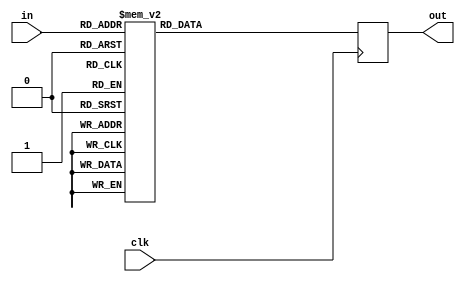
`default_nettype none
module opl3_exp_lut (
	clk,
	in,
	out
);
	input wire clk;
	input wire [7:0] in;
	output reg [9:0] out = 0;
	always @(posedge clk)
		(* full_case, parallel_case *)
		case (in)
			8'h00: out <= 0;
			8'h01: out <= 3;
			8'h02: out <= 6;
			8'h03: out <= 8;
			8'h04: out <= 11;
			8'h05: out <= 14;
			8'h06: out <= 17;
			8'h07: out <= 20;
			8'h08: out <= 22;
			8'h09: out <= 25;
			8'h0a: out <= 28;
			8'h0b: out <= 31;
			8'h0c: out <= 34;
			8'h0d: out <= 37;
			8'h0e: out <= 40;
			8'h0f: out <= 42;
			8'h10: out <= 45;
			8'h11: out <= 48;
			8'h12: out <= 51;
			8'h13: out <= 54;
			8'h14: out <= 57;
			8'h15: out <= 60;
			8'h16: out <= 63;
			8'h17: out <= 66;
			8'h18: out <= 69;
			8'h19: out <= 72;
			8'h1a: out <= 75;
			8'h1b: out <= 78;
			8'h1c: out <= 81;
			8'h1d: out <= 84;
			8'h1e: out <= 87;
			8'h1f: out <= 90;
			8'h20: out <= 93;
			8'h21: out <= 96;
			8'h22: out <= 99;
			8'h23: out <= 102;
			8'h24: out <= 105;
			8'h25: out <= 108;
			8'h26: out <= 111;
			8'h27: out <= 114;
			8'h28: out <= 117;
			8'h29: out <= 120;
			8'h2a: out <= 123;
			8'h2b: out <= 126;
			8'h2c: out <= 130;
			8'h2d: out <= 133;
			8'h2e: out <= 136;
			8'h2f: out <= 139;
			8'h30: out <= 142;
			8'h31: out <= 145;
			8'h32: out <= 148;
			8'h33: out <= 152;
			8'h34: out <= 155;
			8'h35: out <= 158;
			8'h36: out <= 161;
			8'h37: out <= 164;
			8'h38: out <= 168;
			8'h39: out <= 171;
			8'h3a: out <= 174;
			8'h3b: out <= 177;
			8'h3c: out <= 181;
			8'h3d: out <= 184;
			8'h3e: out <= 187;
			8'h3f: out <= 190;
			8'h40: out <= 194;
			8'h41: out <= 197;
			8'h42: out <= 200;
			8'h43: out <= 204;
			8'h44: out <= 207;
			8'h45: out <= 210;
			8'h46: out <= 214;
			8'h47: out <= 217;
			8'h48: out <= 220;
			8'h49: out <= 224;
			8'h4a: out <= 227;
			8'h4b: out <= 231;
			8'h4c: out <= 234;
			8'h4d: out <= 237;
			8'h4e: out <= 241;
			8'h4f: out <= 244;
			8'h50: out <= 248;
			8'h51: out <= 251;
			8'h52: out <= 255;
			8'h53: out <= 258;
			8'h54: out <= 262;
			8'h55: out <= 265;
			8'h56: out <= 268;
			8'h57: out <= 272;
			8'h58: out <= 276;
			8'h59: out <= 279;
			8'h5a: out <= 283;
			8'h5b: out <= 286;
			8'h5c: out <= 290;
			8'h5d: out <= 293;
			8'h5e: out <= 297;
			8'h5f: out <= 300;
			8'h60: out <= 304;
			8'h61: out <= 308;
			8'h62: out <= 311;
			8'h63: out <= 315;
			8'h64: out <= 318;
			8'h65: out <= 322;
			8'h66: out <= 326;
			8'h67: out <= 329;
			8'h68: out <= 333;
			8'h69: out <= 337;
			8'h6a: out <= 340;
			8'h6b: out <= 344;
			8'h6c: out <= 348;
			8'h6d: out <= 352;
			8'h6e: out <= 355;
			8'h6f: out <= 359;
			8'h70: out <= 363;
			8'h71: out <= 367;
			8'h72: out <= 370;
			8'h73: out <= 374;
			8'h74: out <= 378;
			8'h75: out <= 382;
			8'h76: out <= 385;
			8'h77: out <= 389;
			8'h78: out <= 393;
			8'h79: out <= 397;
			8'h7a: out <= 401;
			8'h7b: out <= 405;
			8'h7c: out <= 409;
			8'h7d: out <= 412;
			8'h7e: out <= 416;
			8'h7f: out <= 420;
			8'h80: out <= 424;
			8'h81: out <= 428;
			8'h82: out <= 432;
			8'h83: out <= 436;
			8'h84: out <= 440;
			8'h85: out <= 444;
			8'h86: out <= 448;
			8'h87: out <= 452;
			8'h88: out <= 456;
			8'h89: out <= 460;
			8'h8a: out <= 464;
			8'h8b: out <= 468;
			8'h8c: out <= 472;
			8'h8d: out <= 476;
			8'h8e: out <= 480;
			8'h8f: out <= 484;
			8'h90: out <= 488;
			8'h91: out <= 492;
			8'h92: out <= 496;
			8'h93: out <= 501;
			8'h94: out <= 505;
			8'h95: out <= 509;
			8'h96: out <= 513;
			8'h97: out <= 517;
			8'h98: out <= 521;
			8'h99: out <= 526;
			8'h9a: out <= 530;
			8'h9b: out <= 534;
			8'h9c: out <= 538;
			8'h9d: out <= 542;
			8'h9e: out <= 547;
			8'h9f: out <= 551;
			8'ha0: out <= 555;
			8'ha1: out <= 560;
			8'ha2: out <= 564;
			8'ha3: out <= 568;
			8'ha4: out <= 572;
			8'ha5: out <= 577;
			8'ha6: out <= 581;
			8'ha7: out <= 585;
			8'ha8: out <= 590;
			8'ha9: out <= 594;
			8'haa: out <= 599;
			8'hab: out <= 603;
			8'hac: out <= 607;
			8'had: out <= 612;
			8'hae: out <= 616;
			8'haf: out <= 621;
			8'hb0: out <= 625;
			8'hb1: out <= 630;
			8'hb2: out <= 634;
			8'hb3: out <= 639;
			8'hb4: out <= 643;
			8'hb5: out <= 648;
			8'hb6: out <= 652;
			8'hb7: out <= 657;
			8'hb8: out <= 661;
			8'hb9: out <= 666;
			8'hba: out <= 670;
			8'hbb: out <= 675;
			8'hbc: out <= 680;
			8'hbd: out <= 684;
			8'hbe: out <= 689;
			8'hbf: out <= 693;
			8'hc0: out <= 698;
			8'hc1: out <= 703;
			8'hc2: out <= 708;
			8'hc3: out <= 712;
			8'hc4: out <= 717;
			8'hc5: out <= 722;
			8'hc6: out <= 726;
			8'hc7: out <= 731;
			8'hc8: out <= 736;
			8'hc9: out <= 741;
			8'hca: out <= 745;
			8'hcb: out <= 750;
			8'hcc: out <= 755;
			8'hcd: out <= 760;
			8'hce: out <= 765;
			8'hcf: out <= 770;
			8'hd0: out <= 774;
			8'hd1: out <= 779;
			8'hd2: out <= 784;
			8'hd3: out <= 789;
			8'hd4: out <= 794;
			8'hd5: out <= 799;
			8'hd6: out <= 804;
			8'hd7: out <= 809;
			8'hd8: out <= 814;
			8'hd9: out <= 819;
			8'hda: out <= 824;
			8'hdb: out <= 829;
			8'hdc: out <= 834;
			8'hdd: out <= 839;
			8'hde: out <= 844;
			8'hdf: out <= 849;
			8'he0: out <= 854;
			8'he1: out <= 859;
			8'he2: out <= 864;
			8'he3: out <= 869;
			8'he4: out <= 874;
			8'he5: out <= 880;
			8'he6: out <= 885;
			8'he7: out <= 890;
			8'he8: out <= 895;
			8'he9: out <= 900;
			8'hea: out <= 906;
			8'heb: out <= 911;
			8'hec: out <= 916;
			8'hed: out <= 921;
			8'hee: out <= 927;
			8'hef: out <= 932;
			8'hf0: out <= 937;
			8'hf1: out <= 942;
			8'hf2: out <= 948;
			8'hf3: out <= 953;
			8'hf4: out <= 959;
			8'hf5: out <= 964;
			8'hf6: out <= 969;
			8'hf7: out <= 975;
			8'hf8: out <= 980;
			8'hf9: out <= 986;
			8'hfa: out <= 991;
			8'hfb: out <= 996;
			8'hfc: out <= 1002;
			8'hfd: out <= 1007;
			8'hfe: out <= 1013;
			8'hff: out <= 1018;
		endcase
endmodule
`default_nettype wire